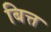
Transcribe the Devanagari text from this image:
बित्त